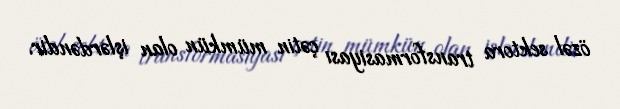
özəl sektora transformasiyası çətin mümkün olan işlərdəndir.